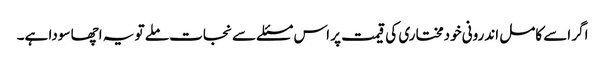
اگر اسے کامل اندرونی خودمختاری کی قیمت پر اس مسئلے سے نجات ملے تو یہ اچھا سودا ہے۔